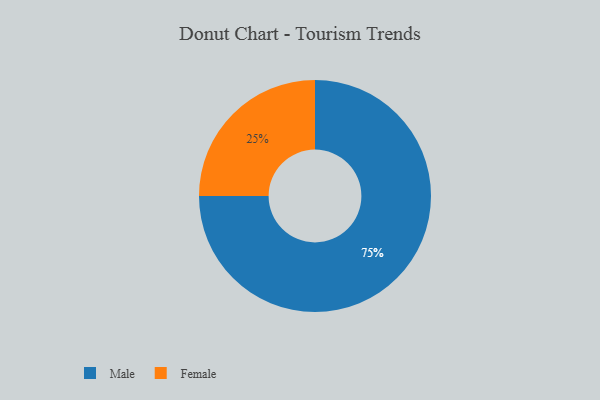
{"axis": {"x": "Category", "y": "Percentage"}, "legend": ["Female", "Male"], "data": [{"x": "Female", "y": 25, "type": "Female"}, {"x": "Male", "y": 75, "type": "Male"}]}